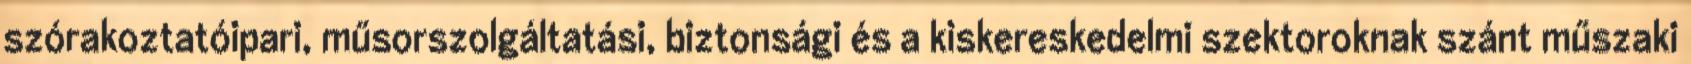
szórakoztatóipari, műsorszolgáltatási, biztonsági és a kiskereskedelmi szektoroknak szánt műszaki